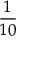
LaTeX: \frac { 1 } { 1 0 }